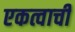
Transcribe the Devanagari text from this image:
एकत्वाची